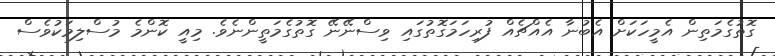
ގޮތުގެމަތިން އެމީހަކަށް އެބުނާ އެއްޗެއް ފުރިހަމަގޮތުގައި ވިސްނޭނޭ ގޮތުގެމަތީންނެވެ. މިއީ ކޮންމެ މުސްލިމަކުވެސް